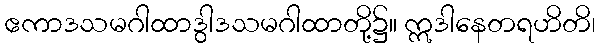
ဧကာဒသမဂါထာဒွါဒသမဂါထာတို့၌။ ဣဒါနေတရဟိတိ၊